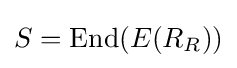
S=\mathrm {End} (E(R_{R}))